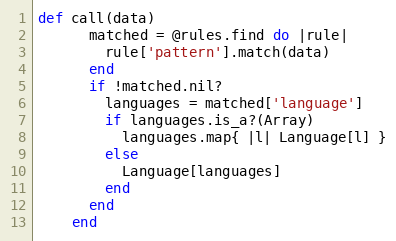
Language: Ruby
def call(data)
      matched = @rules.find do |rule|
        rule['pattern'].match(data)
      end
      if !matched.nil?
        languages = matched['language']
        if languages.is_a?(Array)
          languages.map{ |l| Language[l] }
        else
          Language[languages]
        end
      end
    end